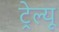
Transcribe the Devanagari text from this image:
ट्रेल्यू